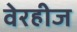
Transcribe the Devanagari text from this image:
वेरहीज